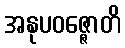
အနုပဝဇ္ဇောတိ